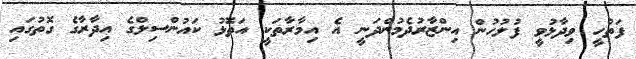
ފަތުހީ ވިދާޅުވީ ފުލުހުން އިންޒާރުދެމުންދަނީ އެ އިމާރާތަކީ އަތޮޅު ކައުންސިލްގެ އިދާރާގެ ގޮތުގައި